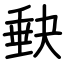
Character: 𡙇